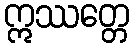
ဣဿတ္တေ